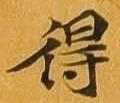
得